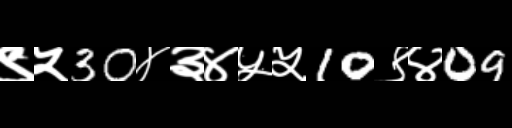
Text: ९५30४३४५५10९४09